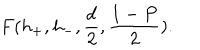
F ( h _ { + } , h _ { - } , \frac { d } { 2 } , \frac { 1 - P } { 2 } ) .